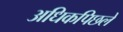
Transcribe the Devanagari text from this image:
अधिकपिछले